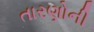
તારણોની